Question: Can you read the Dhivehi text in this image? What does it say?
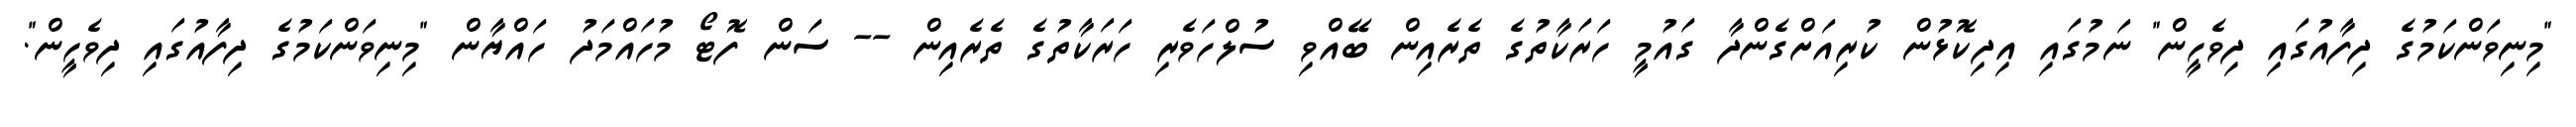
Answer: "މިނިވަންކަމުގެ ދިފާއުގައި ދިވެހީން" ނަމުގައި އިދިކޮޅުން ކުރިއަށްގެންދާ ގައުމީ ހަރަކާތުގެ ތެރެއިން ބޭއްވި ސުލްހަވެރި ހަރަކާތުގެ ތެރެއިން -- ސަން ފޮޓޯ މުހައްމަދު ހައްޔާން "މިނިވަންކަމުގެ ދިފާއުގައި ދިވެހީން".